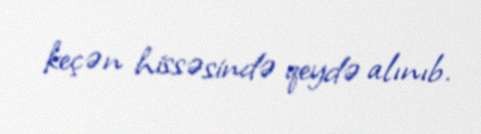
keçən hissəsində qeydə alınıb.